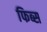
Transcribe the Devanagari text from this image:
फिब्स